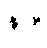
နဝါ